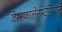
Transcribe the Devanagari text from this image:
वेस्टफालेनस्टेडियॉन